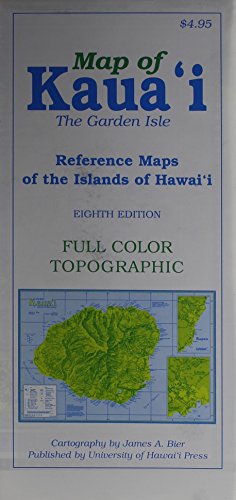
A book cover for Map of Kauai the Garden Isle: Reference Maps of the Islands of Hawaii; James A. Bier; Travel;